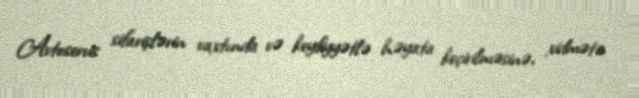
Avtoservis sifarişlərin vaxtında və keyfiyyətlə həyata keçirilməsinə, xidmətə